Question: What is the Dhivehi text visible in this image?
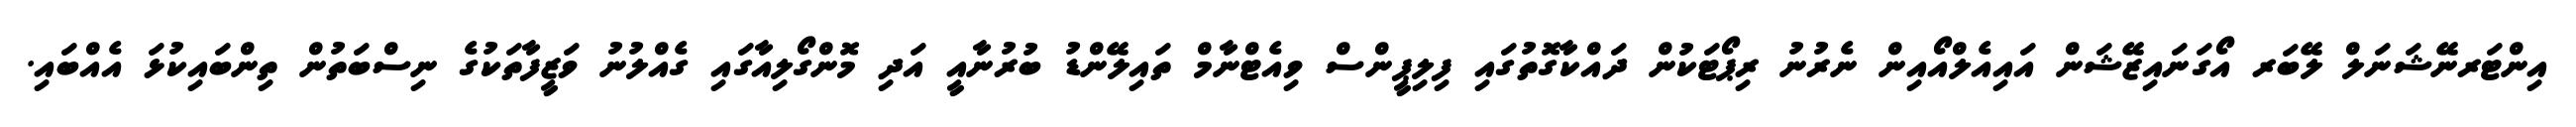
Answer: އިންޓަރނޭޝަނަލް ލޭބަރ އޯގަނައިޒޭޝަން އައިއެލްއޯއިން ނެރުނު ރިޕޯޓަކުން ދައްކާގޮތުގައި ފިލިޕީންސް ވިއެޓްނާމް ތައިލޭންޑު ބުރުނާއީ އަދި މޮންގޯލިއާގައި ގެއްލުނު ވަޒީފާތަކުގެ ނިސްބަތުން ތިންބައިކުޅަ އެއްބައި.